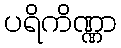
ပရိကိဏ္ဏာ